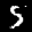
Label: 5